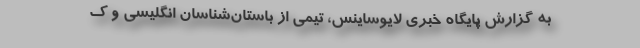
به گزارش پایگاه خبری لایوساینس، تیمی از باستان‌شناسان انگلیسی و ک